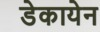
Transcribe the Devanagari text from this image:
डेकायेन